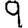
Digit: 9